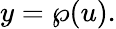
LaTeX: y=\wp(u).